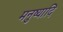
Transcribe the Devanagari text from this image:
मनुष्यादि